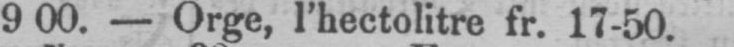
900. - Orge, l’hectolitre fr. 17-50.